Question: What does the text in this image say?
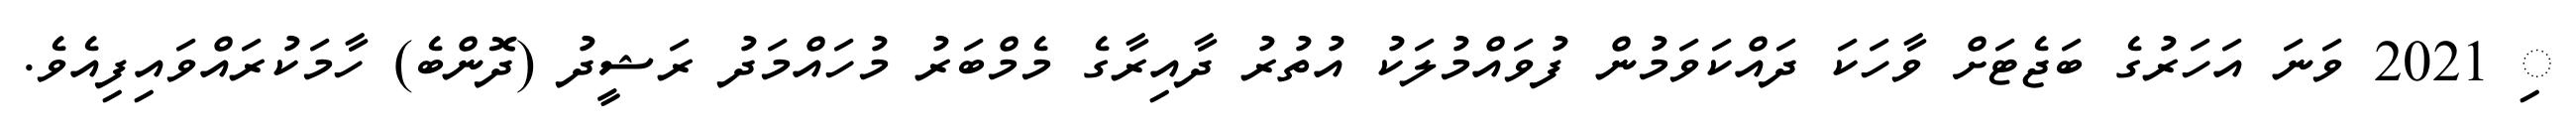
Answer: ި 2021 ވަނަ އަހަރުގެ ބަޖެޓަށް ވާހަކަ ދައްކަވަމުން ފުވައްމުލަކު އުތުރު ދާއިރާގެ މެމްބަރު މުހައްމަދު ރަޝީދު (ދޮންބެ) ހާމަކުރައްވައިފިއެވެ.